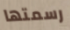
رسمتها